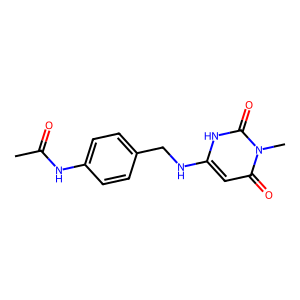
SMILES: CC(=O)Nc1ccc(CNc2cc(=O)n(C)c(=O)[nH]2)cc1
Inhibits HIV replication: No